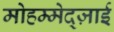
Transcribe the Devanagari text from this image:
मोहम्मेद्ज़ाई